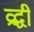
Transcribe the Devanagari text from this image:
व्रद्धी